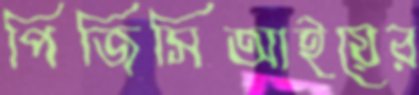
পিজিসিআইয়ের